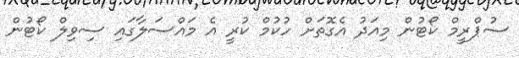
ސުޕްރީމް ކޯޓުން މިއަދު އެގޮތަށް ހުކުމް ކުރީ އެ މައްސަލާގައި ސިވިލް ކޯޓުން